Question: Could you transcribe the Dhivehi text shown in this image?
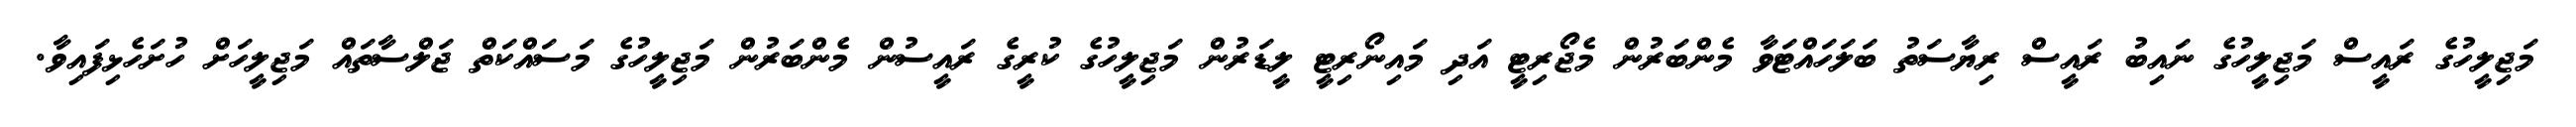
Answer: މަޖިލީހުގެ ރައީސް މަޖިލީހުގެ ނައިބު ރައީސް ރިޔާސަތު ބަލަހައްޓަވާ މެންބަރުން މެޖޯރިޓީ އަދި މައިނޯރިޓީ ލީޑަރުން މަޖިލީހުގެ ކުރީގެ ރައީސުން މެންބަރުން މަޖިލީހުގެ މަސައްކަތް ޖަލްސާތައް މަޖިލީހަށް ހުށަހެޅިފައިވާ.